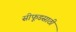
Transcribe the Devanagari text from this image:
सीफूडसाठी